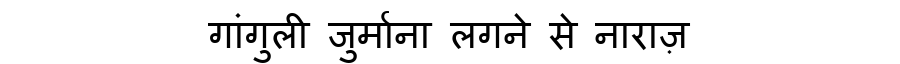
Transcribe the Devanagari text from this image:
गांगुली जुर्माना लगने से नाराज़